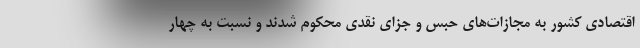
اقتصادی کشور به مُجازات‌های حبس و جزای نقدی محکوم شدند و نسبت به چهار